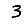
Digit: 3